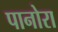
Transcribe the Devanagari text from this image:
पानोरा